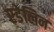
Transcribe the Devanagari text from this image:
एडेलिन